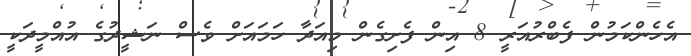
އެހެންކަމުން ފެބްރުއަރީ 8 އިން ފެށިގެން މިއަދާ ހަމައަށް ވެސް ނަޝީދުގެ އުއްމީދަކީ